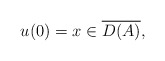
\begin{align*}u(0)=x \in \overline{D(A)},\end{align*}